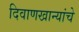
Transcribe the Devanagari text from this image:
दिवाणखान्यांचे